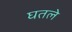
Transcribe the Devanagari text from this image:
घतले